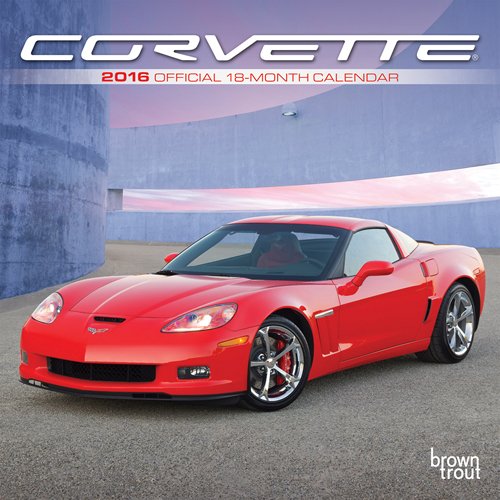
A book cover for Corvette 2016 Mini 7x7 (Multilingual Edition); Browntrout Publishers; Calendars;